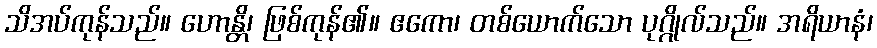
သိအပ်ကုန်သည်။ ဟောန္တိ၊ ဖြစ်ကုန်၏။ ဧကော၊ တစ်ယောက်သော ပုဂ္ဂိုလ်သည်။ အရိယာနံ၊